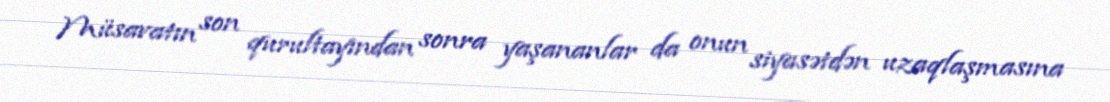
Müsavatın son qurultayından sonra yaşananlar da onun siyasətdən uzaqlaşmasına